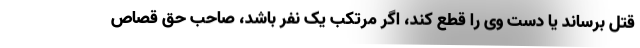
قتل برساند یا دست وی را قطع کند، اگر مرتکب یک نفر باشد، صاحب حق قصاص